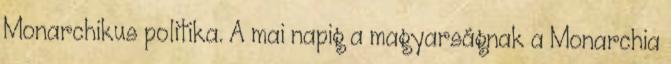
Monarchikus politika. A mai napig a magyarságnak a Monarchia